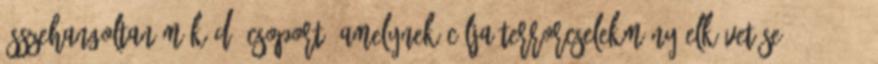
összehangoltan működő csoport, amelynek célja terrorcselekmény elkövetése.” „399. §